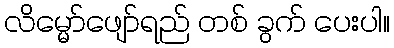
လိမ္မော်ဖျော်ရည် တစ် ခွက် ပေးပါ။